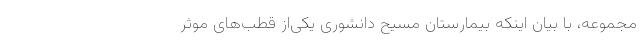
مجموعه، با بیان اینکه بیمارستان مسیح دانشوری یکی‌از قطب‌های موثر